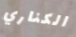
الكناري